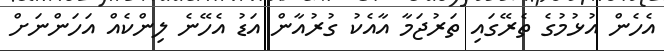
އެހެން އުޅުމުގެ ތެރޭގައި ތަރުޖަމާ އާއެކު ގުރުއާން އަޑު އެހޭނެ ލިންކެއް އަހަންނަށް